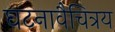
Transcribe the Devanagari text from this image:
घटनावैचित्रय